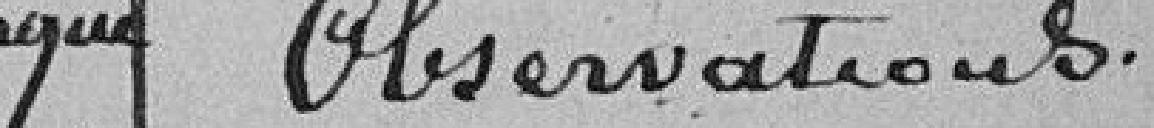
Observations